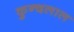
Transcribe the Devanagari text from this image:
कुन्दलाल